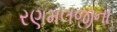
રણમલજીના